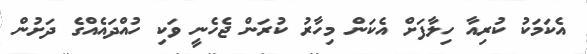
އެކަމަކު ކުރިއާ ހިލާފަށް އެކަން މިހާރު ކުރަން ޖެހެނީ ވަކި ހުއްދައެއްގެ ދަށުން